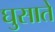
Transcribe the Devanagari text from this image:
घुसाते